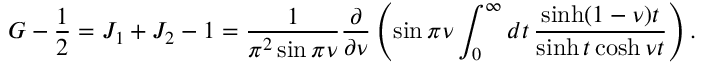
G - { \frac { 1 } { 2 } } = J _ { 1 } + J _ { 2 } - 1 = \frac { 1 } { \pi ^ { 2 } \sin \pi \nu } \frac { \partial } { \partial \nu } \left( \sin \pi \nu \int _ { 0 } ^ { \infty } d t \, \frac { \sinh ( 1 - \nu ) t } { \sinh t \cosh \nu t } \right) .